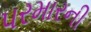
પરમારની